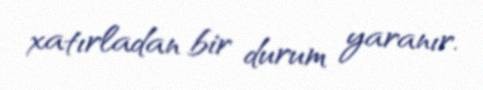
xatırladan bir durum yaranır.